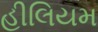
હીલિયમ